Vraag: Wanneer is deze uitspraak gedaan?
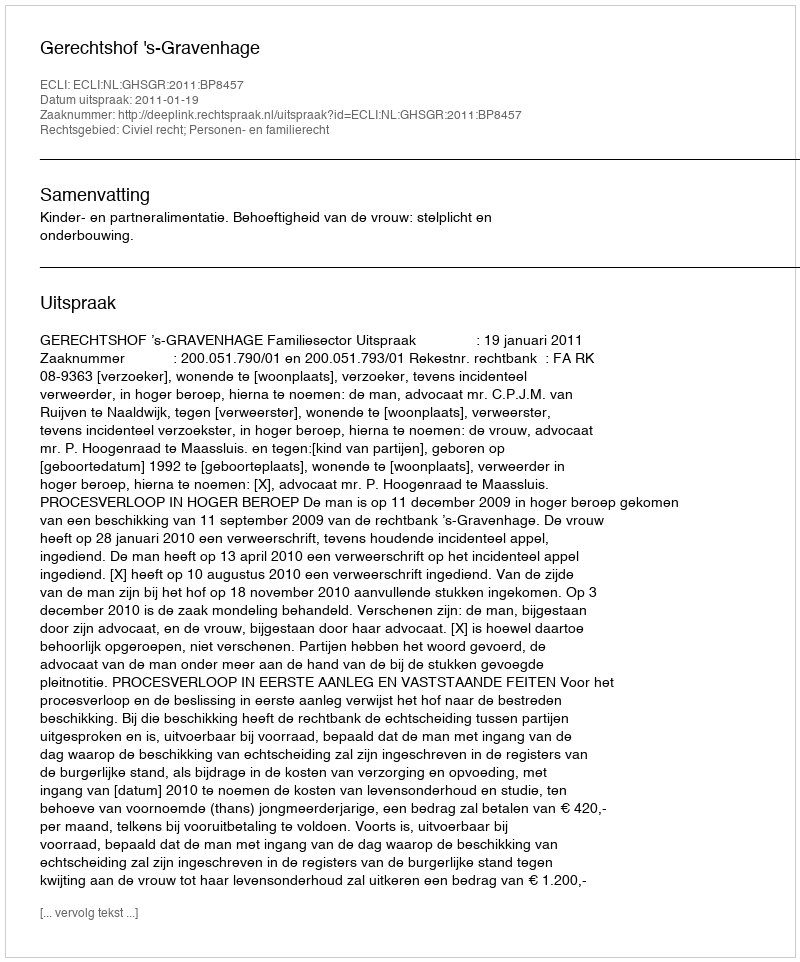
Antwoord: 2011-01-19